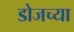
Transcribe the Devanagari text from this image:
डोजच्या